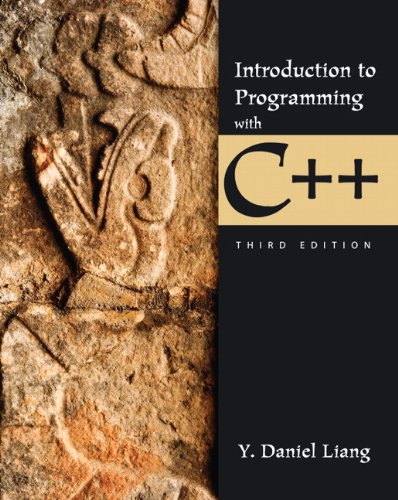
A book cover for Introduction to Programming with C++ (3rd Edition); Y. Daniel Liang; Computers & Technology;